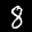
Label: 8